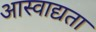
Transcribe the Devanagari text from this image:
आस्वाद्यता